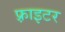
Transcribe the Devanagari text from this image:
फ़्राइटर